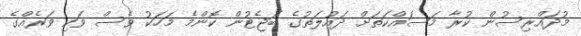
މުދައްރިސުން ކުރާ މަސައްކަތަށް ދައުލަތުގެ ބަޖެޓުން ކޮންމެ މަހަކު ވެސް ވަކި ވަރެއްގެ